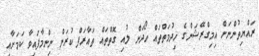
ރައްޔިތުންނަށް އިމިގްރޭޝަންގެ ޚިދުމަތްތައް ހޯދަން ލުއި ގޮތްތައް ތައާރަފް ކުރަން ނިންމާފައިވާ ކަމަށާއި